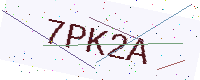
Text: 7PK2A